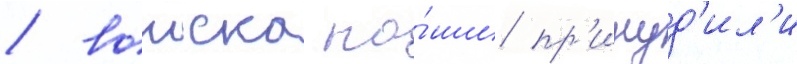
/ воиска на́ши пр'инуд'ил'и